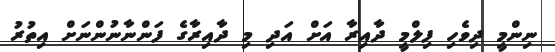
ނިންމީ ދިވެހި ފިލްމީ ދާއިރާ އަށް އަދި މި ދާއިރާގެ ފަންނާނުންނަށް އިތުރު